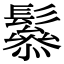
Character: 𩯑